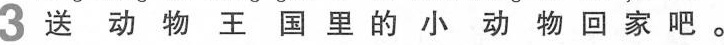
3 送动物王国里的小动物回家吧。